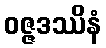
ဝဇ္ဇဒဿိနံ